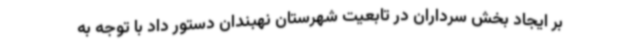
بر ایجاد بخش سرداران در تابعیت شهرستان نهبندان دستور داد با توجه به